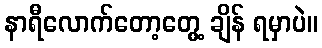
နာရီလောက်တော့တွေ့ ချိန် ရမှာပဲ။